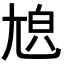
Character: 𡯬